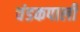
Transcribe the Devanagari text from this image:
चंडकपाली